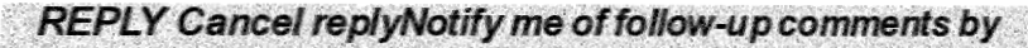
REPLY Cancel replyNotify me of follow-up comments by